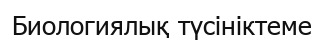
Биологиялық түсініктеме